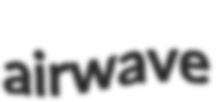
airwave